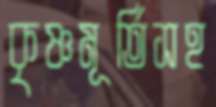
কৃষ্ণমূর্তিসহ